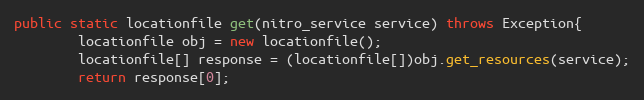
Language: Java
public static locationfile get(nitro_service service) throws Exception{
		locationfile obj = new locationfile();
		locationfile[] response = (locationfile[])obj.get_resources(service);
		return response[0];